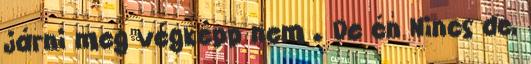
járni meg végképp nem . De én Nincs de,